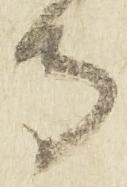
寺